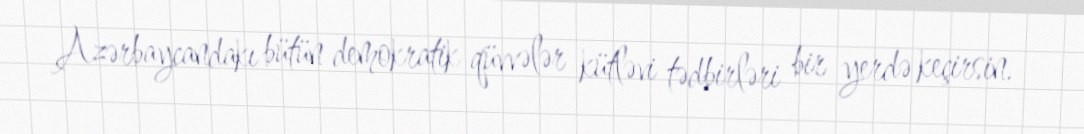
Azərbaycandakı bütün demokratik qüvvələr kütləvi tədbirləri bir yerdə keçirsin.